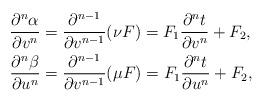
LaTeX: \begin{align*} \frac{\partial^n\alpha}{\partial v^n}&=\frac{\partial^{n-1}}{\partial v^{n-1}}(\nu F)=F_1\frac{\partial^nt}{\partial v^n}+F_2,\\ \frac{\partial^n\beta}{\partial u^n}&=\frac{\partial^{n-1}}{\partial v^{n-1}}(\mu F)=F_1\frac{\partial^nt}{\partial u^n}+F_2,\end{align*}